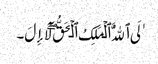
ٰلَی ٱللَّهُ ٱلۡمَلِکُ ٱلۡحَقُّ‌ۖ لَآ إِلَ۔